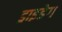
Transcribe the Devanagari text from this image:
ड्राइडेग